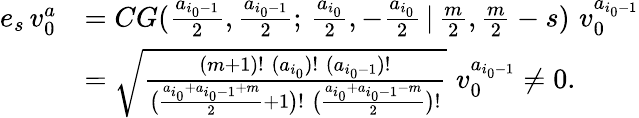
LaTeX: \begin{array}{rl}{e_{s}\, v_{0}^{a}}&{=CG(\frac{a_{i_{0}-1}}{2},\frac{a_{i_{0}-1}}{2};\, \frac{a_{i_{0}}}{2},-\frac{a_{i_{0}}}{2}\, |\, \frac{m}{2},\frac{m}{2}-s)\, \, v_{0}^{a_{i_{0}-1}}}\\ &{=\sqrt{\frac{(m+1)!\; (a_{i_{0}})!\; (a_{i_{0}-1})!}{\big(\frac{a_{i_{0}}+a_{i_{0}-1}+m}{2}+1\big)!\; \big(\frac{a_{i_{0}}+a_{i_{0}-1}-m}{2}\big)!}}\, \, v_{0}^{a_{i_{0}-1}}\ne 0.}\end{array}